Riigikantselei, lk 30
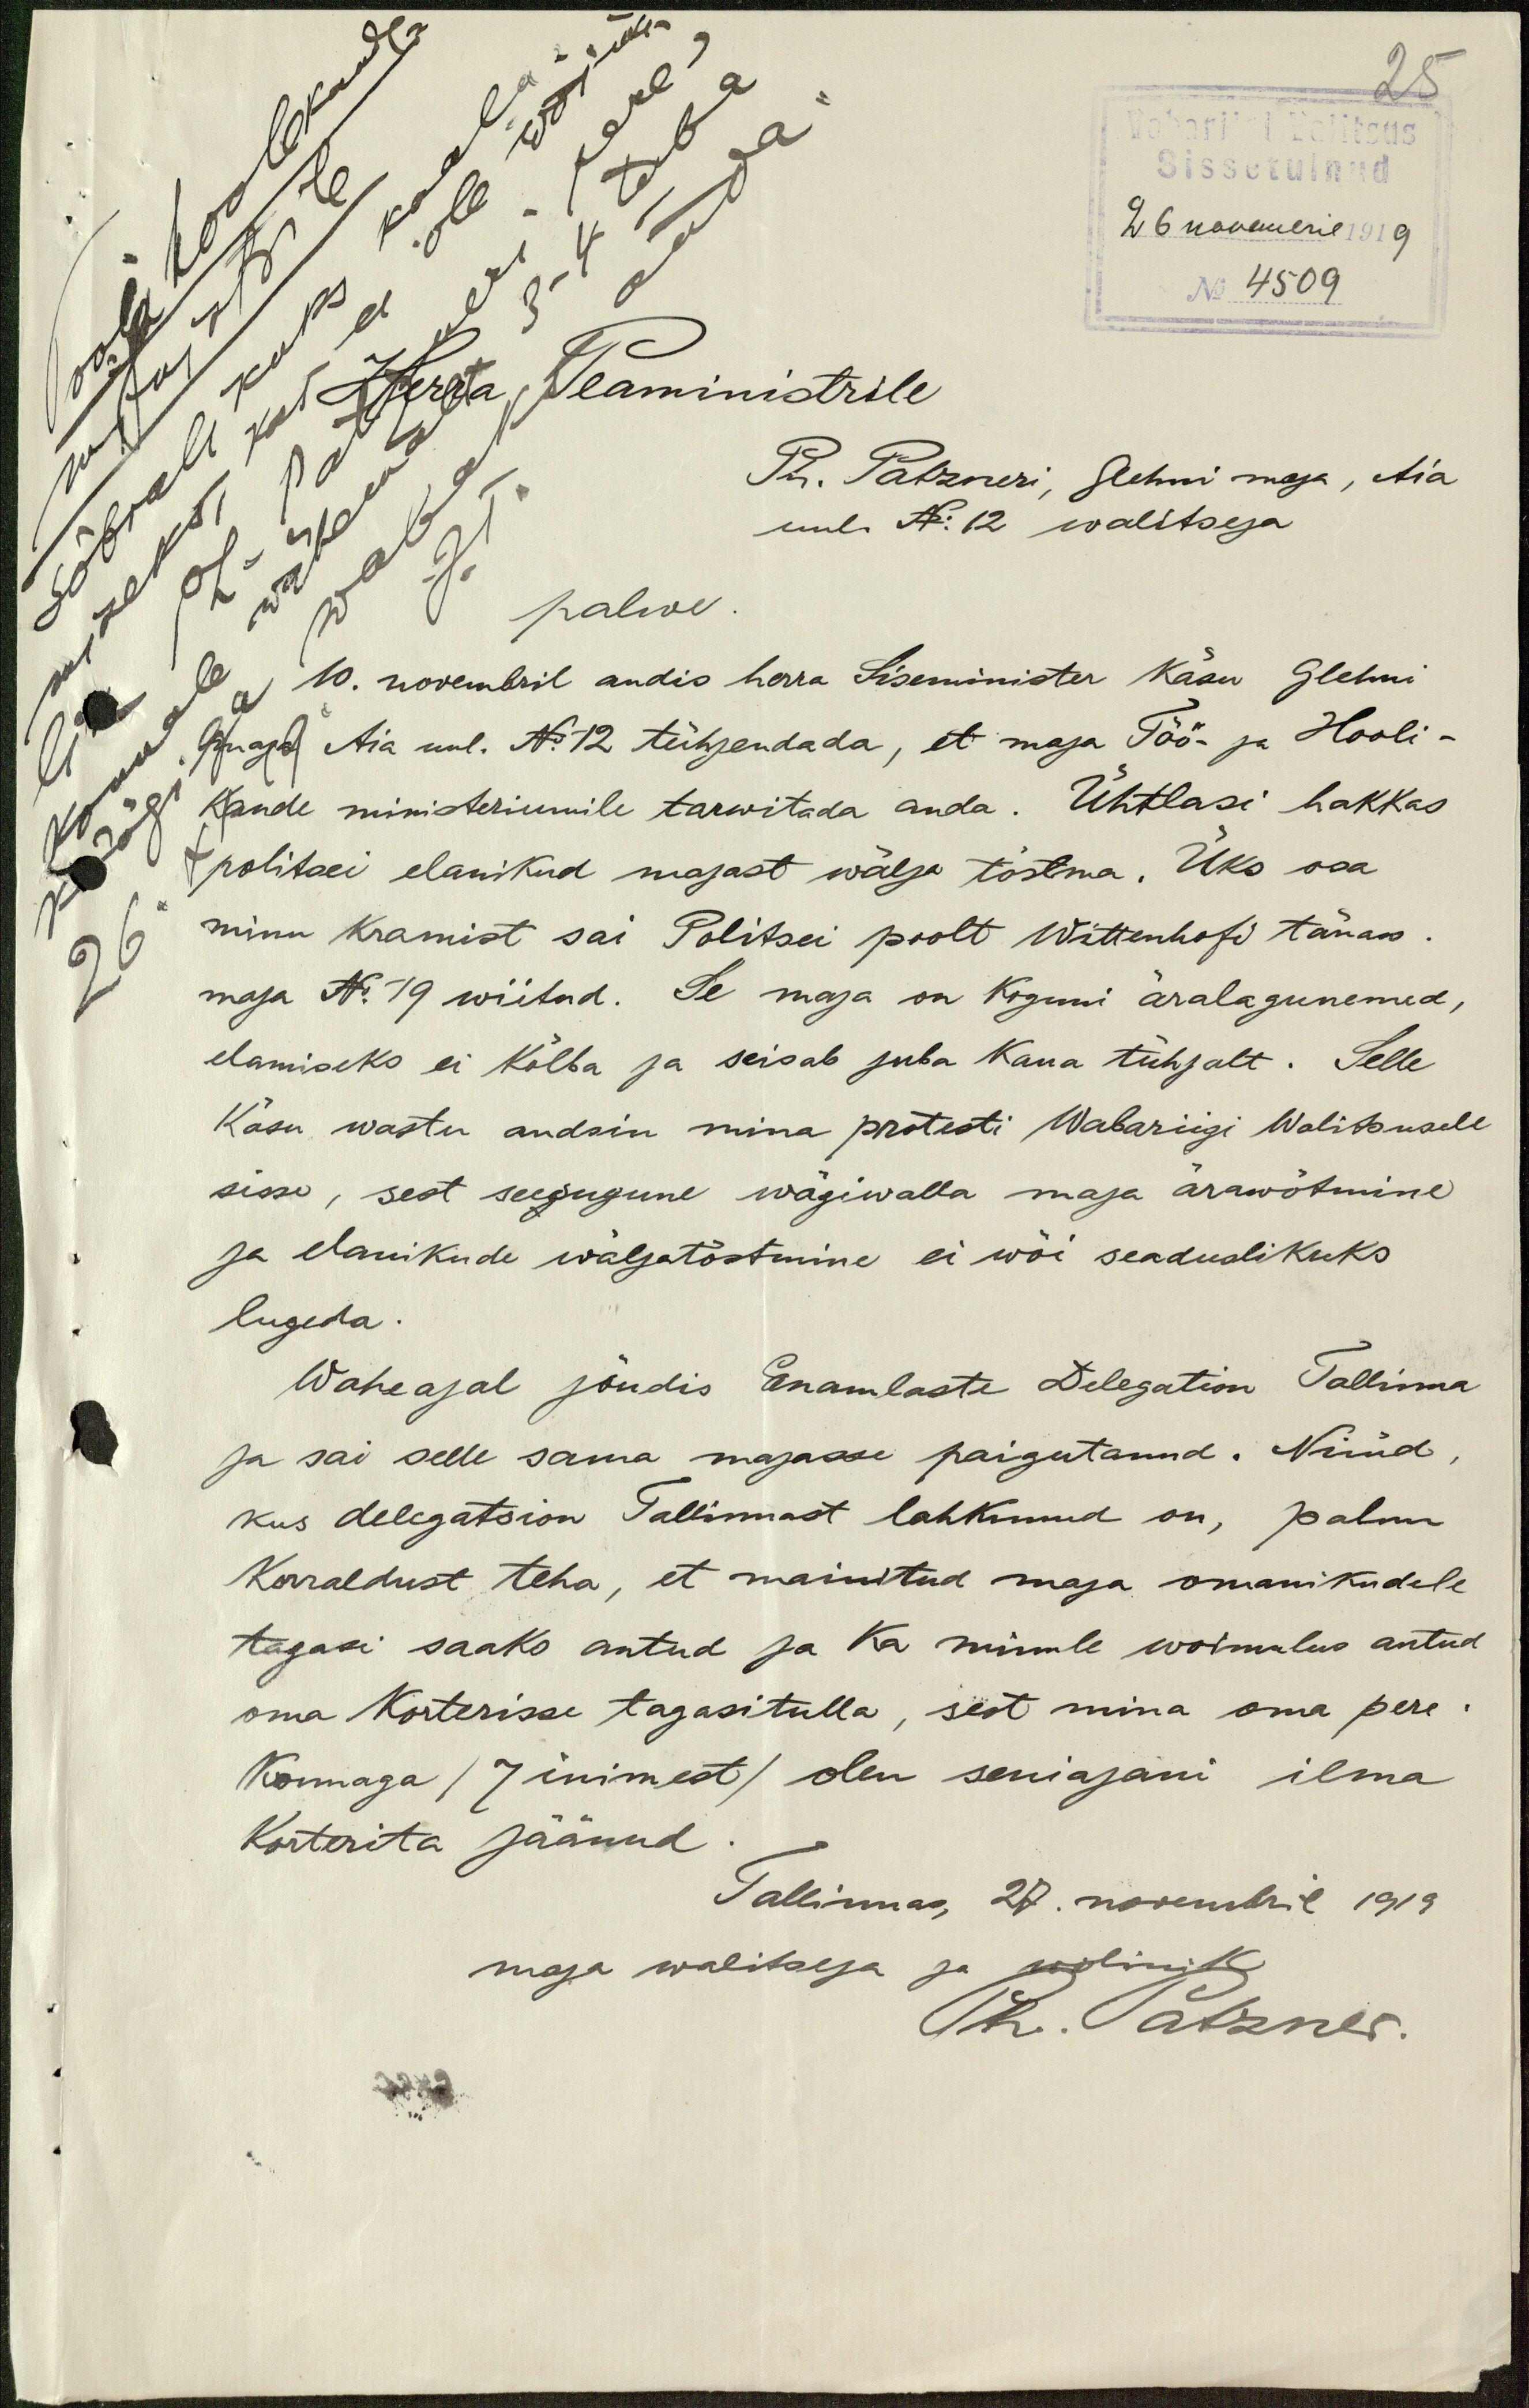
Sissetulnud
Vabariigi Valitsus
26 novembril 1919
Sooja hoolekande
No 4509
sõbralikuks kaalu-
Herra Peaministrile
Ph. Patzneri, Glehni maja, Aia
uul. N 12 walitseja
palwe.
10. novembril andis herra Siseminister Käsu Glehni-
maja Aia uul. No 12 tühjendada, et maja Töö- ja Hooli-
kande ministeriumile tarwitada anda. Ühtlasi hakkas
politsei elanikud majast wälja tõstma. Üks osa
minu kramist sai Politsei poolt Wittenhofi tänaw.
maja No 19 wiitud. Se maja on Koguni äralagunenud,
elamiseks ei kõlba ja seisab juba kaua tühjalt. Selle
käsu wastu andsin mina protesti Wabariigi Walitsusele
sisse, sest seegugune wägiwalla maja ärawõtmine
ja elanikude wäljatöstmine ei wõi seaduslikuks
lugeda.
Waheajal jõudis Enamlaste Delegation Tallinna
ja sai selle sama majasse paigutanud. Nüüd,
kus delegatsion Tallinnast lahkunud on, palun
korraldust teha, et mainitud maja omanikudele
tagasi saaks antud ja ka minule woimalus antud
oma korterisse tagasitulla, sest mina oma pere-
konnaga (7 inimest) olen seniajani ilma
korterita jäänud.
Tallinnas, 20. novembril 1919.
maja walitseja ja wolinik
Ph. Patzner.